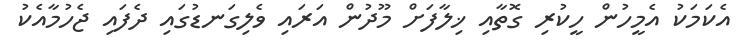
އެކަމަކު އެމީހުން ހީކުރި ގޮތާއި ޚިލާފަށް މޫދުން އަރައި ވެލިގަނޑުގައި ދެފައި ޖެހުމާއެކު